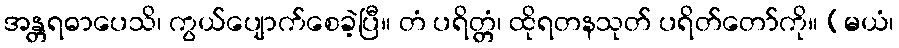
အန္တရဓာပေသိ၊ ကွယ်ပျောက်စေခဲ့ပြီ။ တံ ပရိတ္တံ၊ ထိုရတနသုတ် ပရိတ်တော်ကို။ (မယံ၊